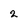
Character: 2